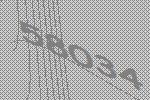
58034